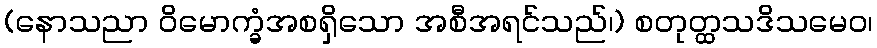
(နောသညာ ဝိမောက္ခံအစရှိသော အစီအရင်သည်၊) စတုတ္ထသဒိသမေဝ၊